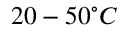
2 0 - 5 0 ^ { \circ } C